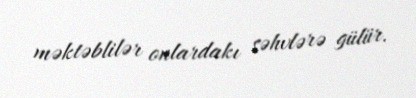
məktəblilər onlardakı səhvlərə gülür.